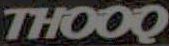
THOOQ